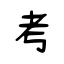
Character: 考